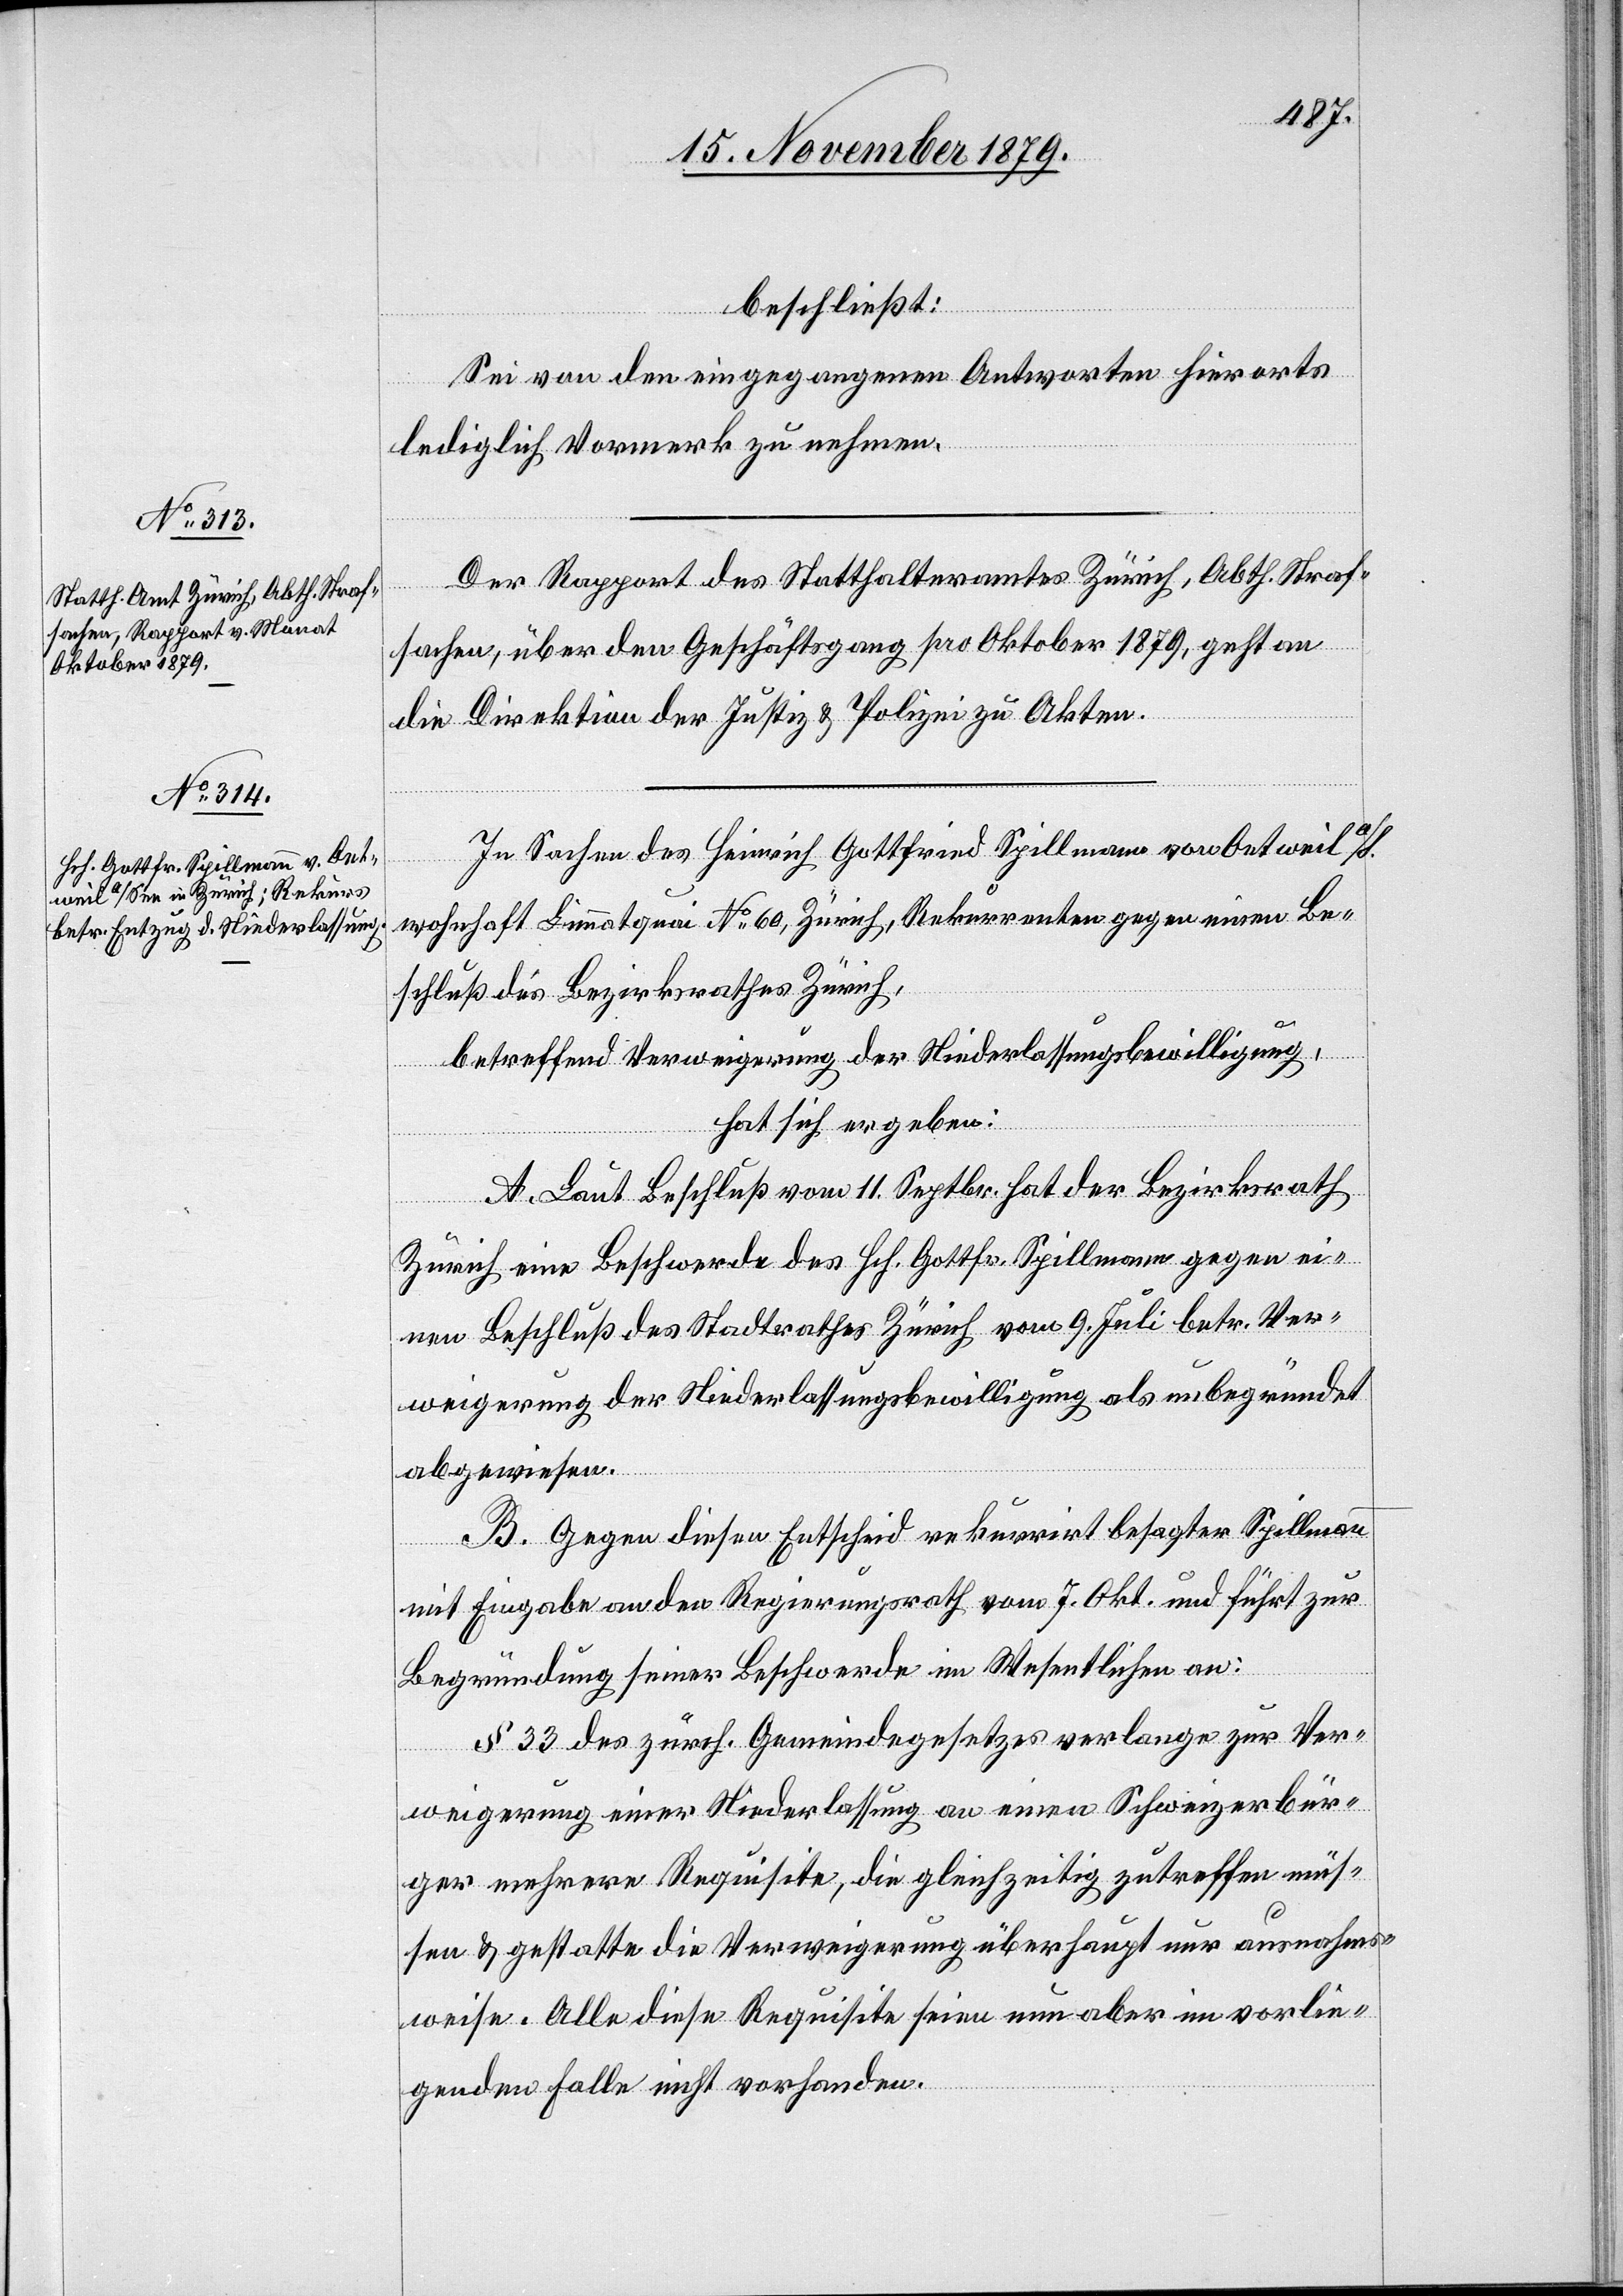
beschließt:
Sei von den eingegangenen Antworten hierorts
lediglich Vormerk zu nehmen.
Der Rapport des Statthalteramtes Zürich, Abth. Straf¬
sachen, über den Geschäftsgang pro Oktober 1879, geht an
die Direktion der Justiz & Polizei zu Akten.
In Sachen des Heinrich Gottfried Spillmann von Oetweil a/S.
wohnhaft Limmatquai No 60, Zürich, Rekurrenten gegen einen Be¬
schluß des Bezirksrathes Zürich,
betreffend Verweigerung der Niederlassungsbewilligung,
hat sich ergeben:
A. Laut Beschluß vom 11. Septbr. hat der Bezirksrath
Zürich eine Beschwerde des Hch. Gottfr. Spillmann gegen ei¬
nen Beschluß des Stadtrathes Zürich vom 9. Juli betr. Ver¬
weigerung der Niederlassungsbewilligung als unbegründet
abgewiesen.
B. Gegen diesen Entscheid rekurrirt besagter Spillmann
mit Eingabe an den Regierungsrath vom 7. Okt. und führt zur
Begründung seiner Beschwerde im Wesentlichen an:
§ 33 des zürch. Gemeindegesetzes verlange zur Ver¬
weigerung einer Niederlassung an einen Schweizerbür¬
ger mehrere Requisite, die gleichzeitig zutreffen müs¬
sen & gestatte die Verweigerung überhaupt nur ausnahms¬
weise. Alle diese Requisite seien nun aber im vorlie¬
genden Falle nicht vorhanden.